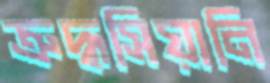
ত্রুদ্ধসিয়ানি